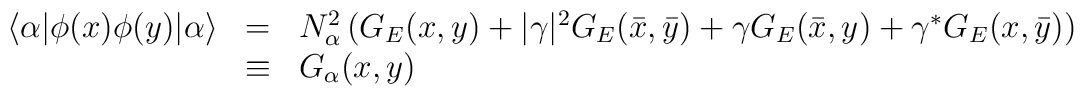
\begin{array}{lll}  \langle\alpha|\phi(x)\phi(y)|\alpha\rangle &=&  N_\alpha^2 \left(G_E(x,y)+|\gamma|^2 G_E(\bar x,\bar y)+\gamma G_E(\bar x,y)+\gamma^{*} G_E(x,\bar y) \right) \\  &\equiv& G_\alpha(x,y)  \end{array}